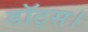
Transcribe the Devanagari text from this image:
डॉट्स।